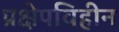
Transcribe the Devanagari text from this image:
प्रक्षेपविहीन